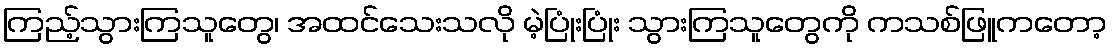
ကြည့်သွားကြသူတွေ၊ အထင်သေးသလို မဲ့ပြုံးပြုံး သွားကြသူတွေကို ကသစ်ဖြူကတော့